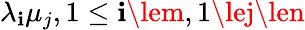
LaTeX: \lambda_{\mathbf{i}}\mu_{j},1\le\mathbf{i}\lem,1\lej\len